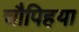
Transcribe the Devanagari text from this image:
चौपिहया